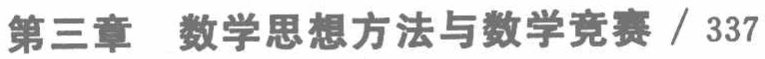
第三章 数学思想方法与数学竞赛 / 337